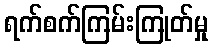
ရက်စက်ကြမ်းကြုတ်မှု